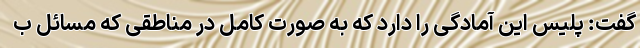
گفت: پلیس این آمادگی را دارد که به صورت کامل در مناطقی که مسائل ب